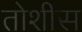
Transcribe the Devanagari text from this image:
तोशीस